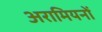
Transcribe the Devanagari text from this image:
अरामियनों